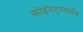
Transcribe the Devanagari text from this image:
कोइंबतूरमार्गेच